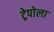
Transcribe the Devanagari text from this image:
ट्रेपोला